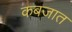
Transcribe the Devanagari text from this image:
कबजात